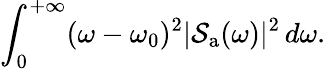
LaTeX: \int_{0}^{+\infty}(\omega-\omega_{0})^{2}|\mathcal{S}_{\mathrm{{a}}}(\omega)|^{2}\, d\omega.